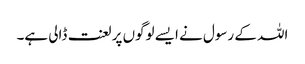
اللہ کے رسول نے ایسے لوگوں پر لعنت ڈالی ہے۔